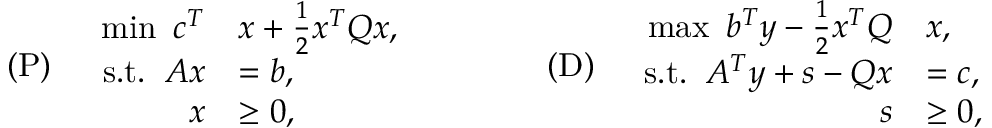
( \mathrm { P } ) \quad \begin{array} { r l } { \operatorname* { m i n } \ c ^ { T } } & { x + \frac { 1 } { 2 } x ^ { T } Q x , } \\ { \mathrm { s . t . } \; \; A x } & { = b , } \\ { x } & { \geq 0 , } \end{array} \qquad \qquad ( \mathrm { D } ) \quad \begin{array} { r l } { \operatorname* { m a x } \ b ^ { T } y - \frac { 1 } { 2 } x ^ { T } Q } & { x , \ \ } \\ { \mathrm { s . t . } \; \; A ^ { T } y + s - Q x } & { = c , } \\ { s } & { \geq 0 , } \end{array}